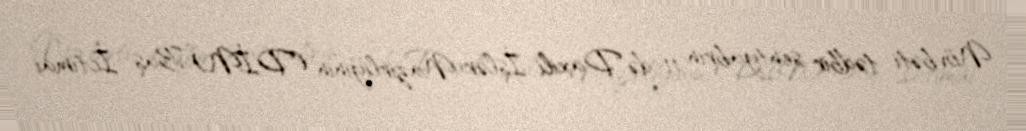
Növbəti tədbir sentyabrın 11-də Daxili İşlər Nazirliyinin (DİN) Baş İctimai